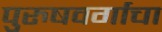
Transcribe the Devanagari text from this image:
पुरुषवर्गाचा